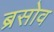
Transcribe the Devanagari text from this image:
ब्रसोव